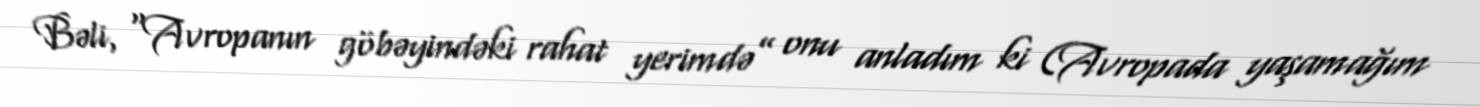
Bəli, “Avropanın göbəyindəki rahat yerimdə” onu anladım ki (Avropada yaşamağım